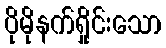
ပိုမိုနက်ရှိုင်းသော